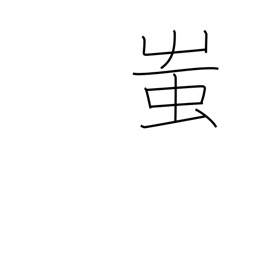
Meaning: fool